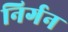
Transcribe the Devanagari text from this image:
निर्गन